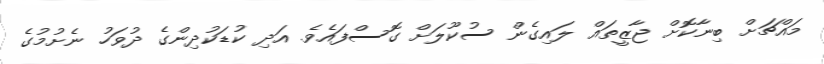
މައްޗަށް ބިނާކޮށް ޖާޒީތައް ލައިގެން ސުކޫލަށް ގޮސްފައެވެ. އަދި ކުޑަކުދިންގެ ދުވަހު ނެށުމުގެ